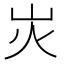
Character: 𡵖